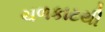
ચળકાટથી